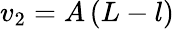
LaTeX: v_{2}=A\left(L-l\right)